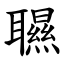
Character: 䏉